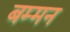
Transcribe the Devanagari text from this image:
बम्मन